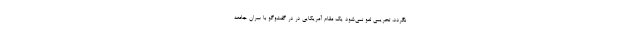
نگردد، تحریمی لغو نمی‌شود یک مقام آمریکایی در در گفت‌وگو با سران جامعه